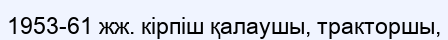
1953-61 жж. кірпіш қалаушы, тракторшы,